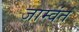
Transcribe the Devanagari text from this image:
जाम्वंत